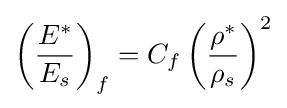
\left({\frac {E^{*}}{E_{s}}}\right)_{f}=C_{f}\left({\frac {\rho ^{*}}{\rho _{s}}}\right)^{2}